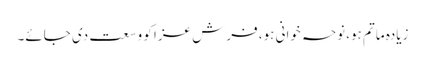
زیادہ ماتم ہو، نوحہ خوانی ہو، فرش عزا کو وسعت دی جائے۔